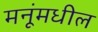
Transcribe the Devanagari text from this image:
मनूंमधील